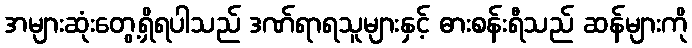
အများဆုံးတွေ့ရှိရပါသည် ဒဏ်ရာရသူများနှင့် ဓားစန်းရီသည် ဆန်များကို